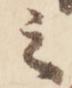
之